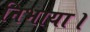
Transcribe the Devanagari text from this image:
निभाया।